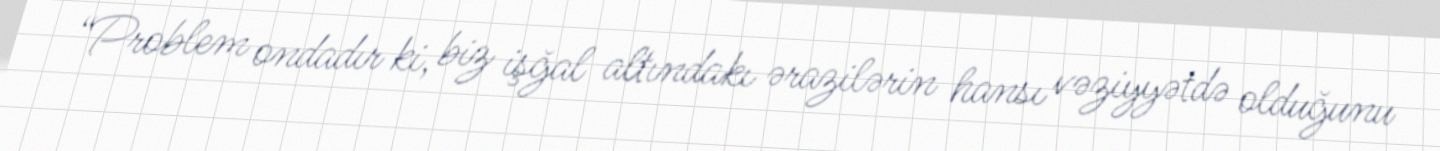
“Problem ondadır ki, biz işğal altındakı ərazilərin hansı vəziyyətdə olduğunu